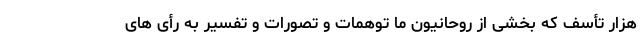
هزار تأسف که بخشی از روحانیون ما توهمات و تصورات و تفسیر به رأی های